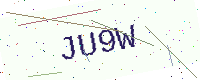
Text: JU9W